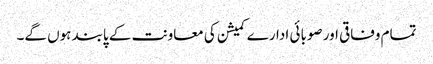
تمام وفاقی اور صوبائی ادارے کمیشن کی معاونت کے پابند ہوں گے۔